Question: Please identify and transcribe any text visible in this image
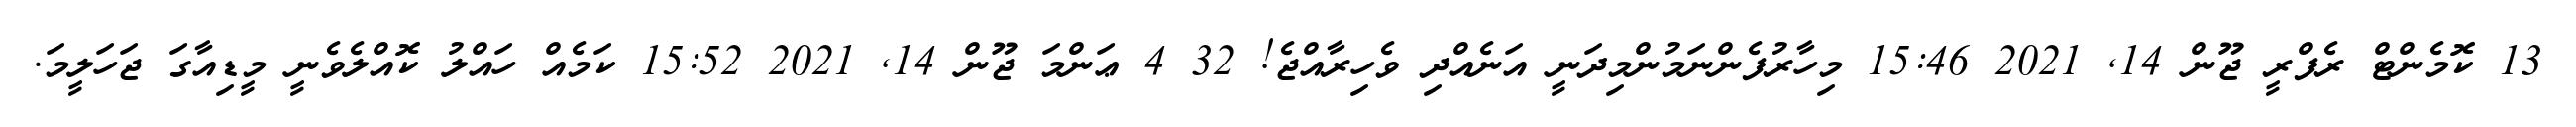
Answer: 13 ކޮމެންޓް ރެފްރީ ޖޫން 14, 2021 15:46 މިހާރުފެންނަމުންމިދަނީ އަނެއްދި ވެހިރާއްޖެ! 32 4 ޢަންމަ ޖޫން 14, 2021 15:52 ކަމެއް ހައްލު ކޮއްލެވެނީ މީޑިއާގަ ޖަހަލީމަ.